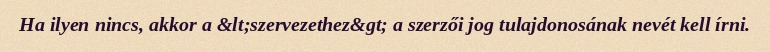
Ha ilyen nincs, akkor a &lt;szervezethez&gt; a szerzői jog tulajdonosának nevét kell írni.